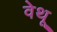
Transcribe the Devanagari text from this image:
वेथू